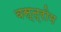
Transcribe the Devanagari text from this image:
वस्त्रोम